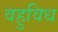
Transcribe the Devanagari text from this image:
वहुविध